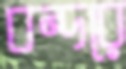
বন্দরে